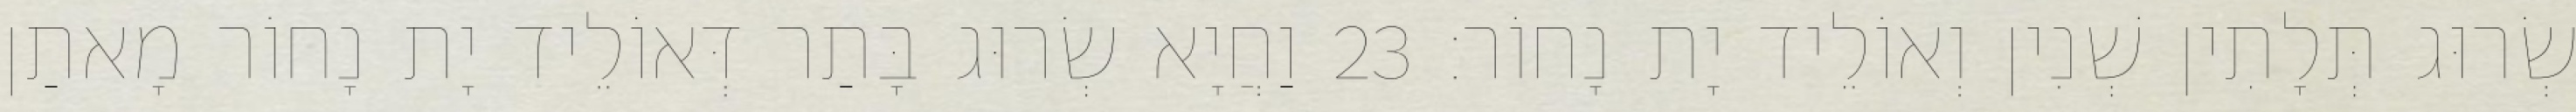
שְׂרוּג תְּלָתִין שְׁנִין וְאוֹלֵיד יָת נָחוֹר׃ 23 וַחֲיָא שְׂרוּג בָּתַר דְּאוֹלֵיד יָת נָחוֹר מָאתַן